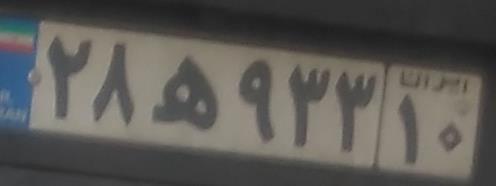
۲۸ه۹۳۳۱۰